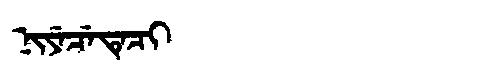
Manchu: ᠨᡳᠶᡝᠴᡝᡨᡝᠴᡳ
Romanization: NIYECETECI